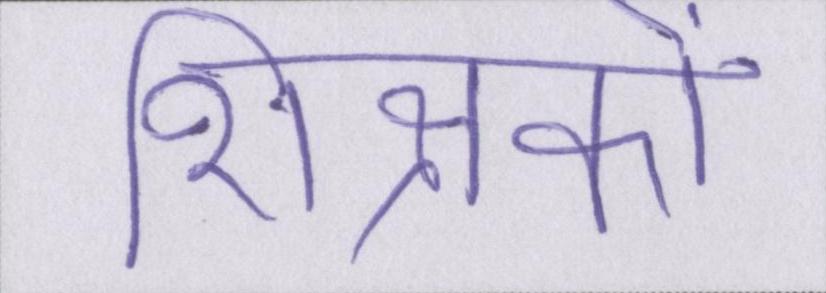
शिक्षकों